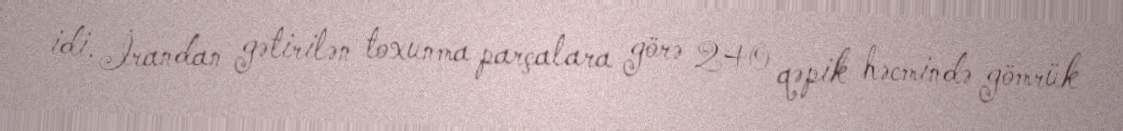
idi. İrandan gətirilən toxunma parçalara görə 240 qəpik həcmində gömrük